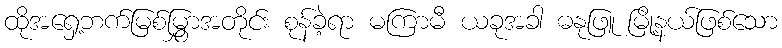
ထိုအရှေ့ဘက်မြစ်မြွှာအတိုင်း စုန်ခဲ့ရာ မကြာမီ ယခုအခါ ဓနုဖြူ မြို့နယ်ဖြစ်သော